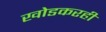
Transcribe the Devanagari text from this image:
खोडकरही